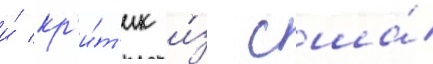
и́ кр'и́т'ик и́з сша́